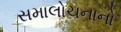
સમાલોચનાનો